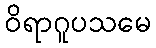
ဝိရာဂူပသမေ